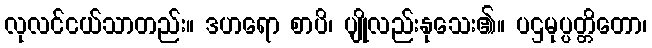
လုလင်ငယ်သာတည်း။ ဒဟရော စာပိ၊ ပျိုလည်းနုသေး၏။ ပဌမုပ္ပတ္တိတော၊